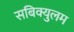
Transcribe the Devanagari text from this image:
सबिक्युलम